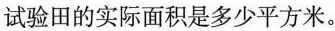
试验田的实际面积是多少平方米。